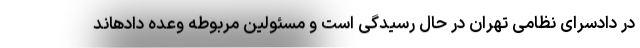
در دادسرای نظامی تهران در حال رسیدگی است و مسئولین مربوطه وعده دادهاند